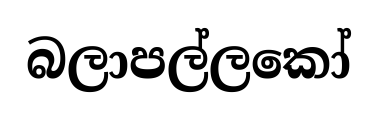
බලාපල්ලකෝ